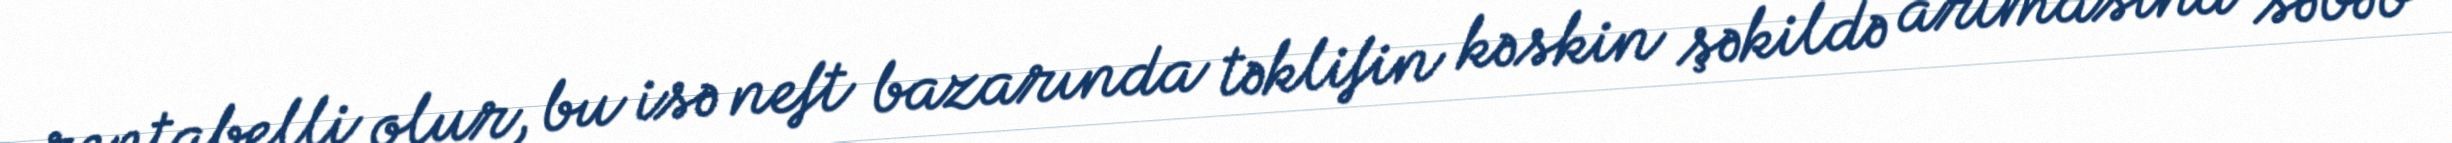
rentabelli olur, bu isə neft bazarında təklifin kəskin şəkildə artmasına səbəb